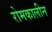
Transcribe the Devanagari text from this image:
रोमकालीन